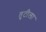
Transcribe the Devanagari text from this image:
तुटीला